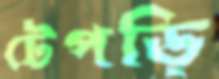
টেপড়ি